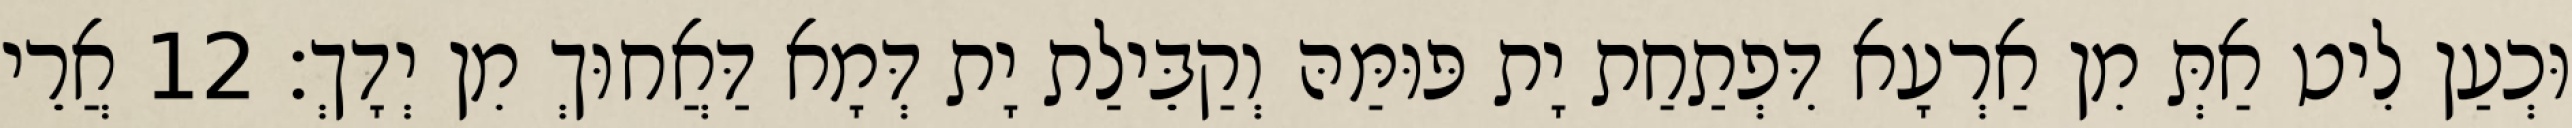
וּכְעַן לִיט אַתְּ מִן אַרְעָא דִּפְתַחַת יָת פּוּמַּהּ וְקַבֵּילַת יָת דְּמָא דַּאֲחוּךְ מִן יְדָךְ׃ 12 אֲרֵי